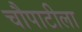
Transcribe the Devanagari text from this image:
चौपाटीला